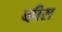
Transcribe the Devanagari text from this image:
व्ह्रीस